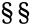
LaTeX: \S\S